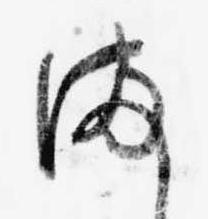
ま